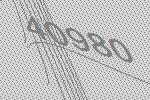
40980